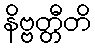
နိဗ္ဗတ္တီတိ